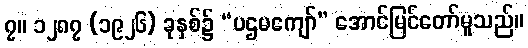
၇။ ၁၂၈၇ (၁၉၂၆) ခုနှစ်၌ “ပဌမကျော်” အောင်မြင်တော်မူသည်။